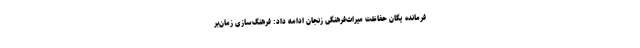
فرمانده یگان حفاظت میراث‌فرهنگی زنجان ادامه داد: فرهنگ‌سازی زمان‌بر